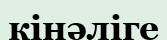
кінәліге